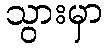
သွားမှာ